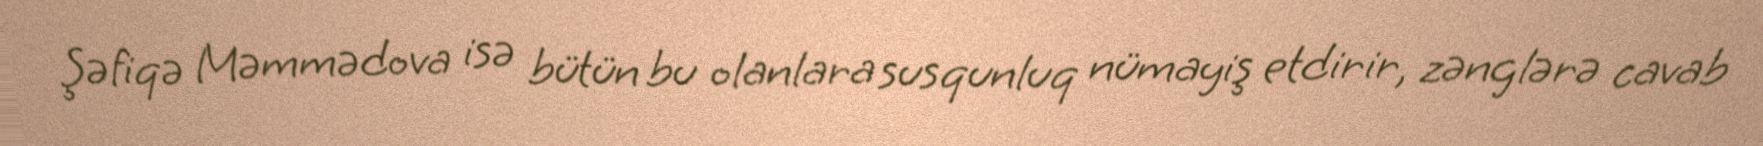
Şəfiqə Məmmədova isə bütün bu olanlara susqunluq nümayiş etdirir, zənglərə cavab